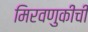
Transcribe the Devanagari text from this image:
मिरवणुकीची